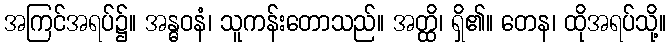
အကြင်အရပ်၌။ အန္ဓဝနံ၊ သူကန်းတောသည်။ အတ္ထိ၊ ရှိ၏။ တေန၊ ထိုအရပ်သို့။